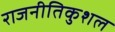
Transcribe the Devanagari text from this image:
राजनीतिकुशल